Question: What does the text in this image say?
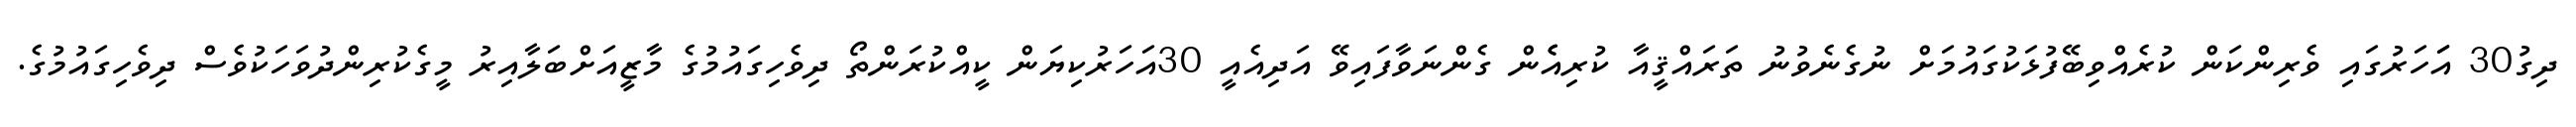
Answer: ދިގު30 އަަހަރުގައި ވެރިންކަން ކުރެއްވިބޭފުޅަކުގައުމަށް ނުގެނެވުނު ތަރައްޤީއާ ކުރިއެެން ގެންނަވާފައިވޭ އަދިއެއީ 30އަހަރުކިޔަން ކީއްކުރަންތޯ ދިވެހިގައުމުގެ މާޒީއަށްބަލާއިރު މީގެކުރިންދުވަހަކުވެސް ދިވެހިގައުމުގެ.